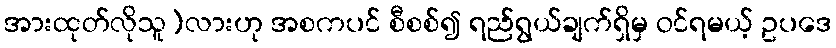
အားထုတ်လိုသူ)လားဟု အစကပင် စီစစ်၍ ရည်ရွယ်ချက်ရှိမှ ဝင်ရမယ့် ဥပဒေ